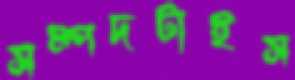
সম্পদটাইস